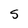
Character: S